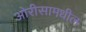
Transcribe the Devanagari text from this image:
ओरीसामधील